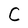
Character: C